King Institute of Preventive Medicine Micro-Biological Section reports 1912-19
Year: 1912
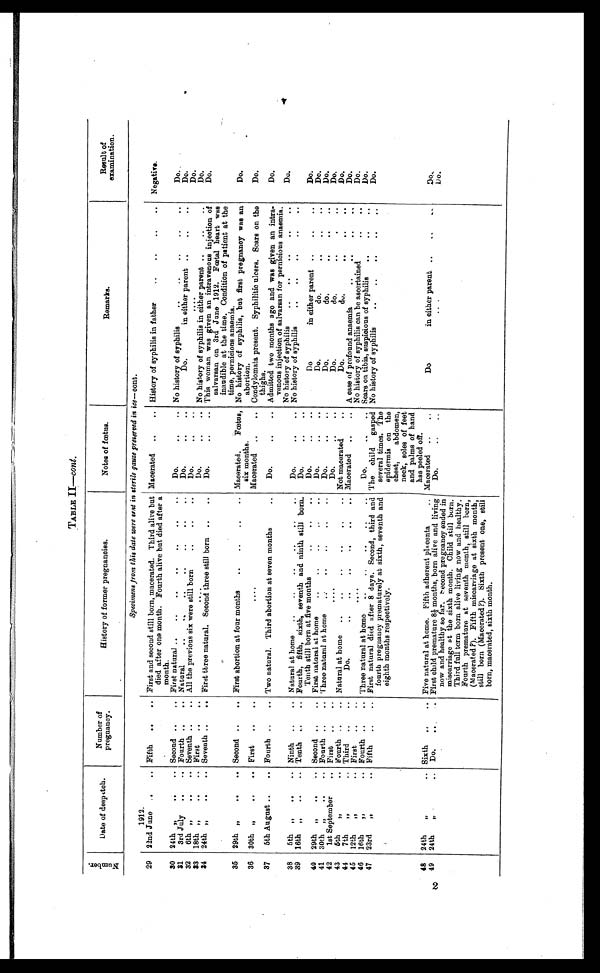
TABLE II—cont .
N u m b e r .
Date of despatch.
Number of
pregnancy.
History of former pregnancies.
Notes of fœtus.
Remarks.
Result of
examination.
Specimens from this date were sent in sterile gauze preserved in i ce — cont.
29
1912.
22nd June . . . Fifth . . . First and second still born, macerated. Third alive hut
died after one month. Fourth alive but died after a
month.
Macerated . . .
History of syphilis in father . . .
Negative.
30
24th " . . . Second . . . First natural . . .
Do. . .
No history of syphilis . . .
Do.
31
3rd July " . . . Fourth . . . Natural
Do. . .
Do.
Do. in either parent . . .
32
6th "„ . . . Seventh . . . All the previous six were still born . . .
Do. . .
. . .
Do. . .
33
18th " . . . First . . .
Do. . .
No history of syphilis in either parent . . .
Do. . .
34
24th
" . . . Seventh . . . First three natural. Second three still born . . .
Do. . .
This woman was given an intravenous injection of
salvarsan on 3rd June 1912. Fœtal heart was
inaudible at the time. Condition of patient at the
time, pernicious anaemia.
Do.
First abortion at four months . . . Macerated. Fœtus,
six months.
Do.
35
29th
" . . . Second . . .
No history of syphilis, but first pregnancy was an
abortion.
Do.
36
30th
" . . . First . . .
. . .
Macerated . . .
Condylomata present. Syphilitic ulcers. Scars on the
thighs.
Do.
37
5th August .. . Fourth . . . Two natural. Third abortion at seven months . . .
Do. . .
Admitted two months ago and was given an intra-
venous injection of salvarsan for pernicious anaemia.
Do.
38
5th
" . . . Ninth . . .
Natural at home . . .
Do. . .
No history of syphilis . . .
No history of syphilis . . .
39
16th
" . . . Tenth . . . Fourth, fifth, sixth, seventh and ninth still born.
Tenth still born at five months . . .
Do.
Do. . .
Do.
in either parent . . .
Do.
Do.
40
29th „
Second . . . First natural at home . . .
Do. . .
Do. do. . .
Do.
41
30th „ . . . Fourth . . . Three natural at home . . .
Do. . .
Do. do. . .
Do.
42
1st September . . . First . . .
. . .
Do. . .
Do. do. . .
43
5th " . . . Fourth . . . Natural at home . . . Not macerated . . .
Do. do. . .
Do.
Do.
44
7th " . . .
Third . . .
Do.
.
. Macerated . . .
A case of profound anaemia . . .
Do.
45
12th ". . .
First . . .
. . .
No history of syphilis can be ascertained . . .
Do.
46
16th ". . .
Fourth . . . Three natural at home . . .
Do. . .
Sears on tibia, suspicious of syphilis . . .
47
23rd " . . .
Fifth . . . First natural died after 8 days. Second, third and
fourth pregnancy prematurely at sixth , seventh and
eighth months respectively.
The child
gasped
several times. The
times
epidermis on the
chest,
abdomen,
neck, soles of feet
and palms of hand
has peeled off.
Macerated . . .
No history of syphilis . . .
Do.
48
24th
" . . . Sixth . . . Five natural at home. Fifth adherent placenta . . .
Do in either parent. . .
Do.
49
24th
" . . . Do. . . First child premature 8½m o n t h s , b o r n a l i v e a n d l i v i n g
now and healthy so far. second pregnancy ended in
miscarriage at the sixth month. Child still burn.
Third full term born alive living now and healthy.
Fourth premature at seventh month, still born,
(Macerated ?). Fifth miscarriage at sixth month,
still born (Macerated?). Sixth present one, still
born, macerated, sixth month.
Do. . .
Do .
. . .